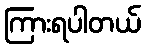
ကြားရပါတယ်